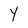
Character: Y